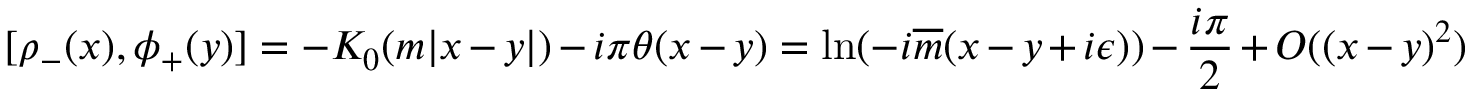
[ \rho _ { - } ( x ) , \phi _ { + } ( y ) ] = - K _ { 0 } ( m | x - y | ) - i \pi \theta ( x - y ) = \ln ( - i \overline { { { m } } } ( x - y + i \epsilon ) ) - \frac { i \pi } { 2 } + O ( ( x - y ) ^ { 2 } ) \,